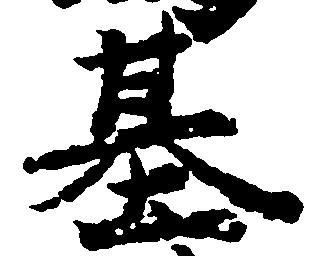
基